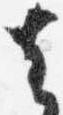
去